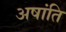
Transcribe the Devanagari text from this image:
अषांति